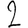
Digit: 2